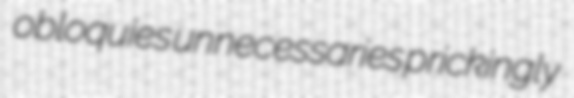
obloquies unnecessaries prickingly